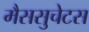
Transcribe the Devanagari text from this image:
मैससुचेटस